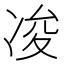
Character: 𠗕